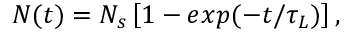
N ( t ) = N _ { s } \left[ 1 - e x p ( - t / \tau _ { L } ) \right] ,